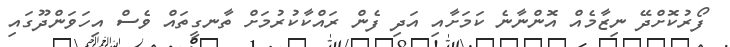
ފޯރުކޮށްދޭ ނިޒާމެއް އޮންނާނެ ކަމަށާއި އަދި ފެން ރައްކާކުރުމަށް ތާނގީތައް ވެސް އިހަވަންދޫގައި